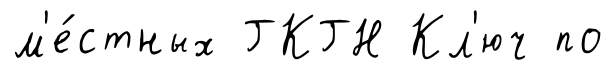
м'е́стных ГКГН Кл'юч по